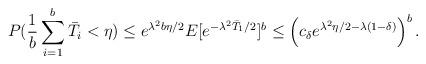
LaTeX: \begin{align*}P(\frac{1}{b} \sum_{i=1}^{b} \bar T_i < \eta) \le e^{\lambda^2 b \eta/2} E[e^{-\lambda^2 \bar{T}_1/2} ]^b \le \Big( c_\delta e^{\lambda^2 \eta/2-\lambda (1-\delta)} \Big)^b \,.\end{align*}